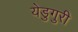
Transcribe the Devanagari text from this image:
येडुगुरी